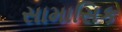
સામાસિક